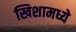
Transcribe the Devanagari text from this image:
खिशामध्ये